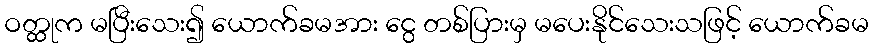
ဝတ္ထုက မပြီးသေး၍ ယောက်ခမအား ငွေ တစ်ပြားမှ မပေးနိုင်သေးသဖြင့် ယောက်ခမ